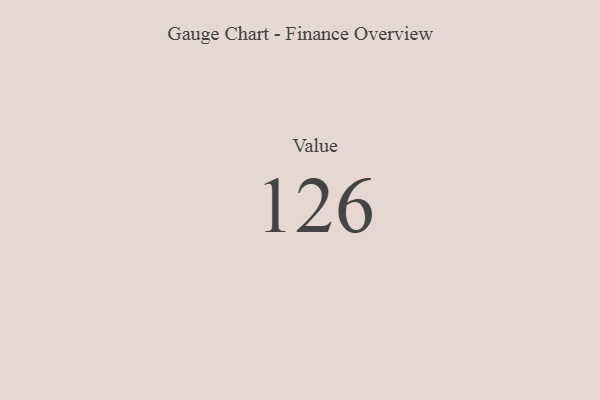
{"axis": {"x": "Metric", "y": "Value"}, "legend": [""], "data": [{"x": "Value", "y": 126, "type": ""}]}